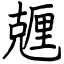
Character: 兣